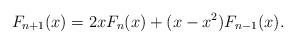
LaTeX: \begin{align*}F_{n+1}(x) = 2xF_n(x) + (x - x^2)F_{n-1}(x).\end{align*}